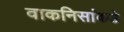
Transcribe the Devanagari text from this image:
वाकनिसांकडे